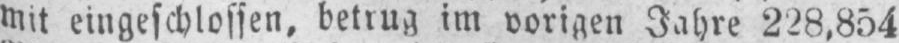
mit eingeschlossen, betrug im vorigen Jahre 228,854